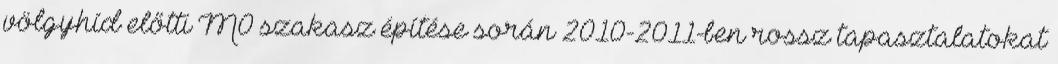
völgyhíd előtti M0 szakasz építése során 2010-2011-ben rossz tapasztalatokat